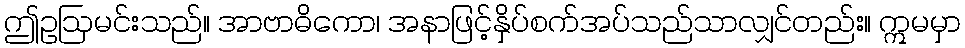
ဤဥဩမင်းသည်။ အာဗာဓိကော၊ အနာဖြင့်နှိပ်စက်အပ်သည်သာလျှင်တည်း။ ဣမမှာ